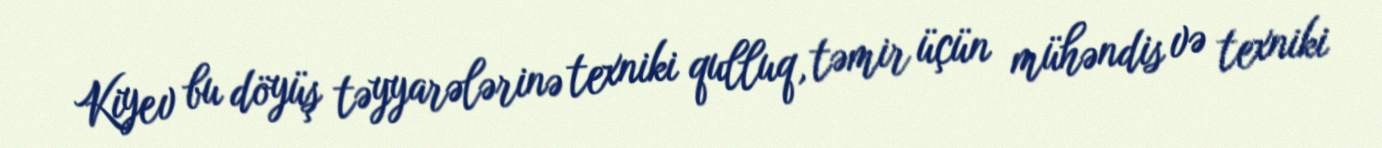
Kiyev bu döyüş təyyarələrinə texniki qulluq, təmir üçün mühəndis və texniki